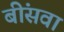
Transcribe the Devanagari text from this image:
बींसवा